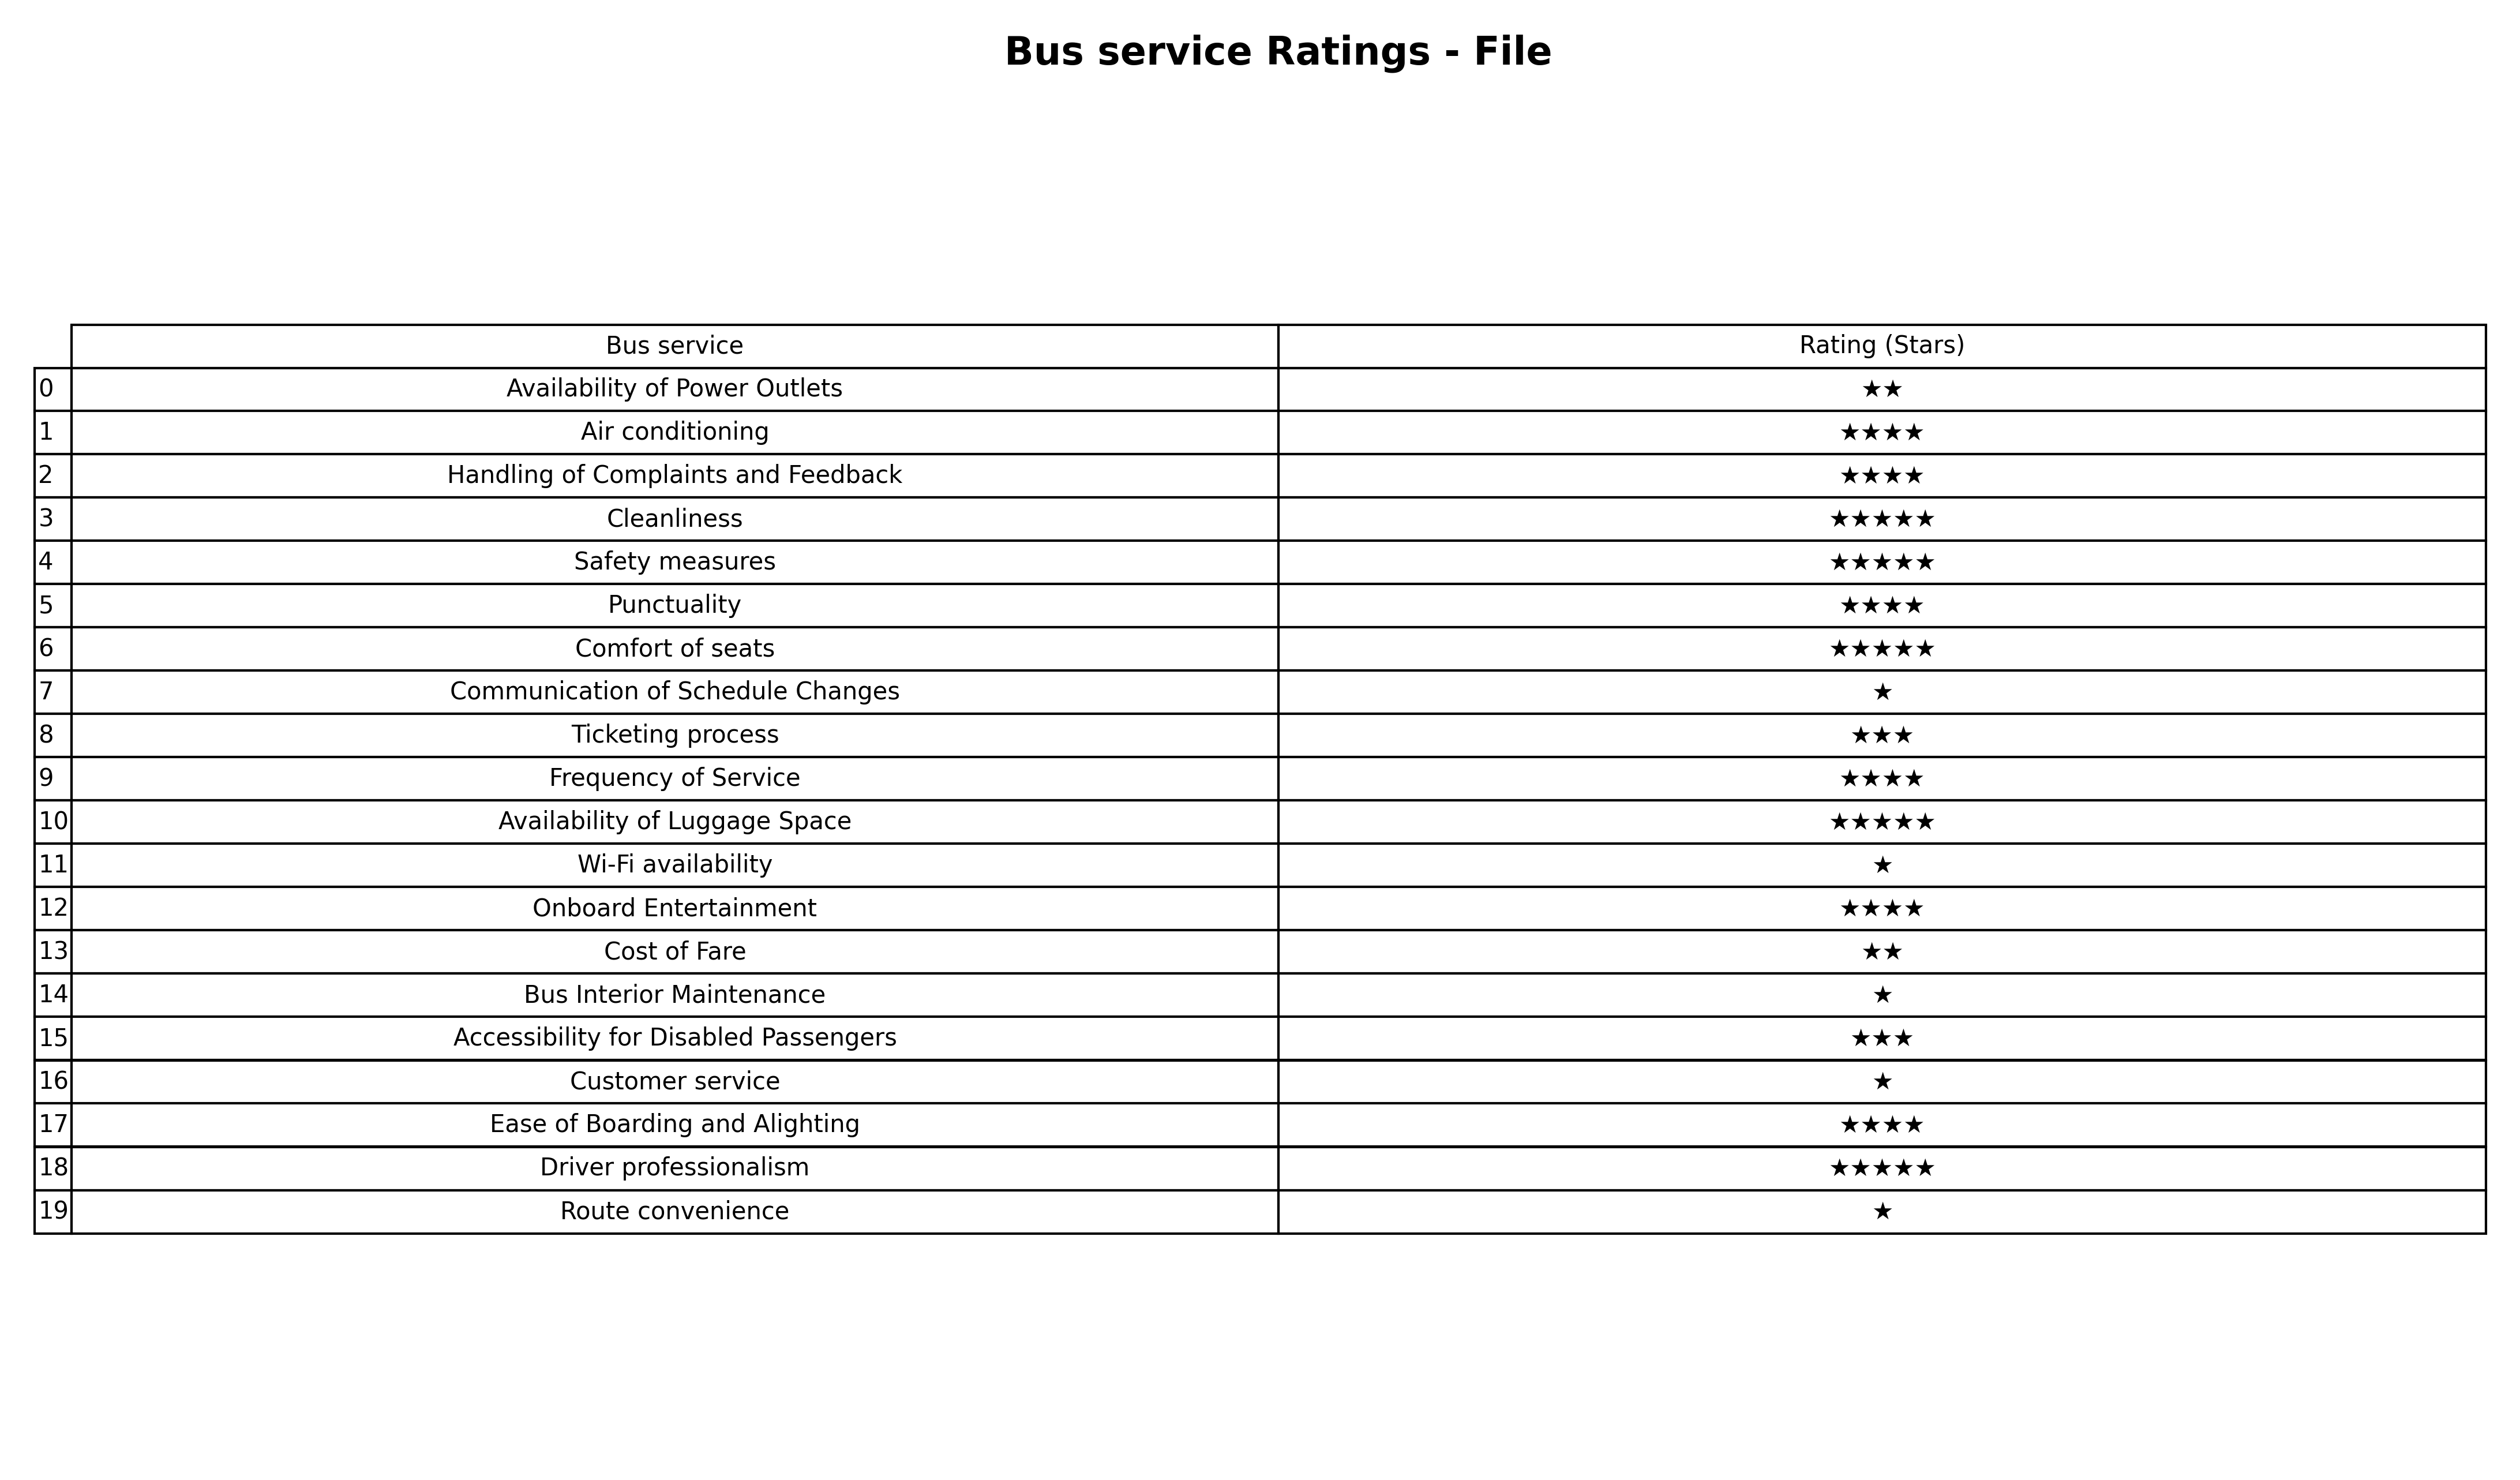
question: What is the rating of Communication of Schedule Changes?
answer: ★